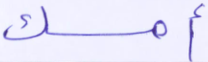
أمسك